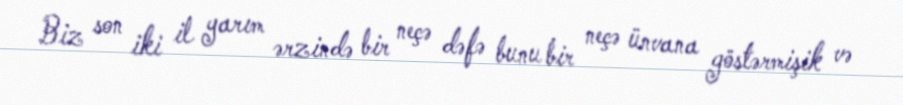
Biz son iki il yarım ərzində bir neçə dəfə bunu bir neçə ünvana göstərmişik və